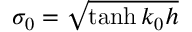
\sigma _ { 0 } = \sqrt { \operatorname { t a n h } k _ { 0 } h }